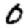
Digit: 0